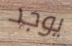
يوجد